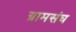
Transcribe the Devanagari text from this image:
ग्रामसंघ